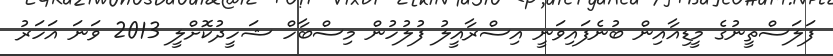
ފަލަސްތީނުގެ މީޑިއާއިން ބުނެފައިވަނީ އިސްރާއީލު ފުލުހުން މިސްބާހް ޝަހީދުކޮށްލީ 2013 ވަނަ އަހަރު